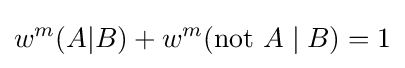
w^{m}(A|B)+w^{m}({\text{not }}A\mid B)=1